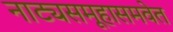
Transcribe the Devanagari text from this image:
नाट्यसमूहासमवेत